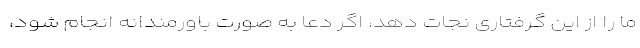
ما را از این گرفتاری نجات دهد، اگر دعا به‌ صورت باورمندانه انجام شود،